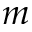
m